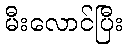
မီးလောင်ပြီး